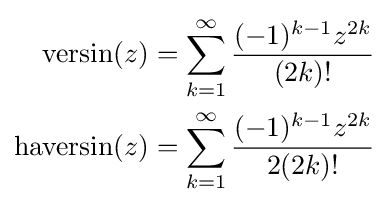
{\begin{aligned}\operatorname {versin} (z)&=\sum _{k=1}^{\infty }{\frac {(-1)^{k-1}z^{2k}}{(2k)!}}\\\operatorname {haversin} (z)&=\sum _{k=1}^{\infty }{\frac {(-1)^{k-1}z^{2k}}{2(2k)!}}\end{aligned}}